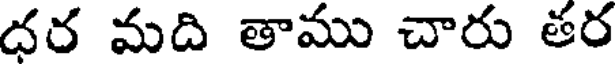
ధర మది తాము చారు తర